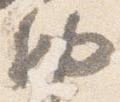
納